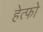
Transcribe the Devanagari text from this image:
हेत्फो